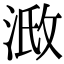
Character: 𣶌